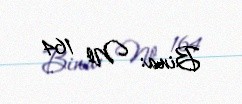
Bina: № 164